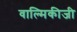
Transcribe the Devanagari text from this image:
वाल्‍मिकीजी